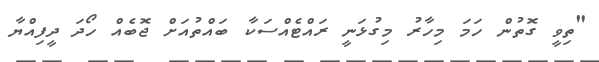
"ތިވީ ގޮތުން ހަމަ މިހާރު މިގުޅަނީ ރައްޓެއްސަކާ ބައްތުއަށް ޖޮބެއް ހޯދަ ދީފިއްޔާ